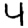
Digit: 4